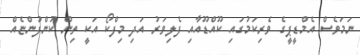
ނަމަވެސް އެމްޑީޕީގެ ވެރިކަމުގައި ކޫއްޑޫއާއި ފެލިވަރު އަދި މިފްކޯ އަކީ ތިން ކުންފުންޏެއް